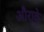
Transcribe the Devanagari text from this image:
औराके